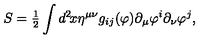
S = { \textstyle { \frac { 1 } { 2 } } } \int d ^ { 2 } \! x \eta ^ { \mu \nu } g _ { i j } ( \varphi ) \partial _ { \mu } \varphi ^ { i } \partial _ { \nu } \varphi ^ { j } ,